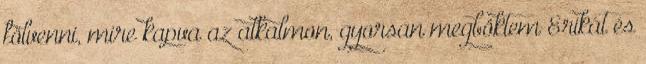
fölvenni, mire kapva az alkalmon, gyorsan megböktem Erikát és